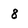
Character: 8